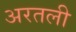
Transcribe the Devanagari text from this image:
अरतली